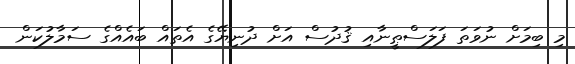
މި ބިމަށް ނުވަތަ ފަލަސްޠީނާއި ޤުދުސް އަށް ދުނިޔޭގެ އެތައް ބައެއްގެ ސަމާލުކަން